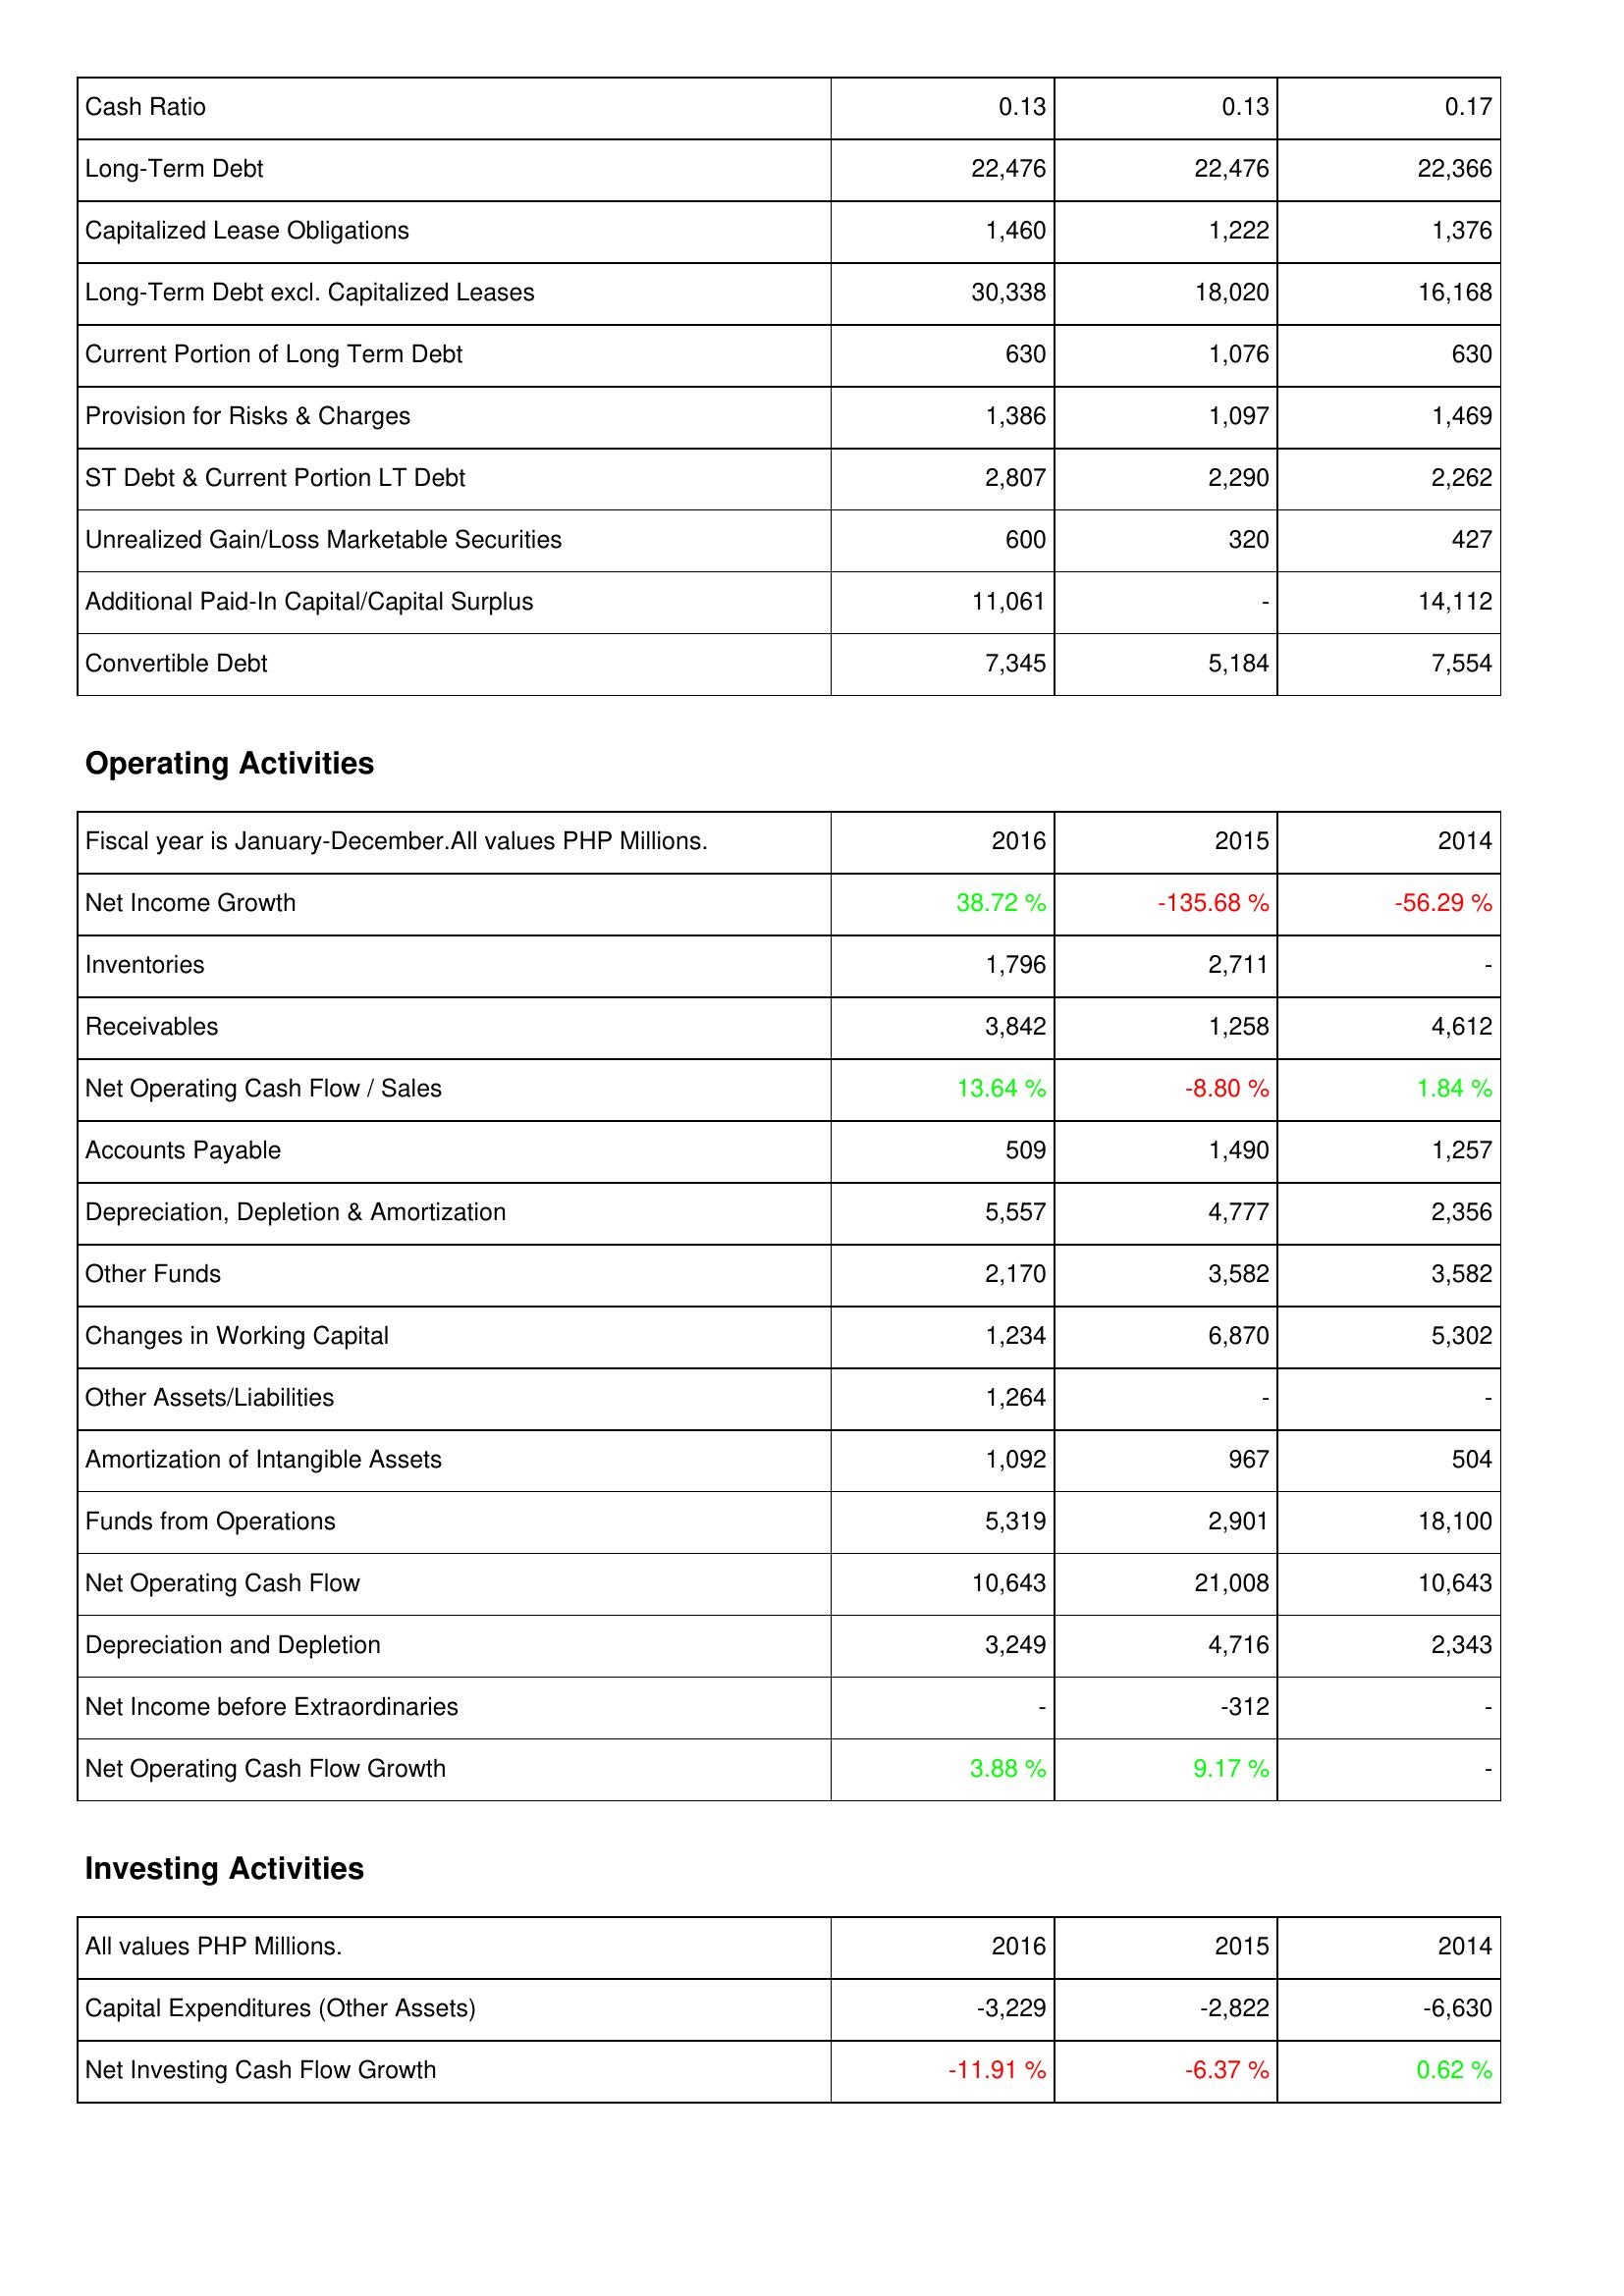
2016: Liabilities & Shareholders' Equity: Cash Ratio: 0.13
Long-Term Debt: 22,476
Capitalized Lease Obligations: 1,460
Long-Term Debt excl. Capitalized Leases: 30,338
Current Portion of Long Term Debt: 630
Provision for Risks & Charges: 1,386
ST Debt & Current Portion LT Debt: 2,807
Unrealized Gain/Loss Marketable Securities: 600
Additional Paid-In Capital/Capital Surplus: 11,061
Convertible Debt: 7,345
Operating Activities: Net Income Growth: 38.72 %
Inventories: 1,796
Receivables: 3,842
Net Operating Cash Flow / Sales: 13.64 %
Accounts Payable: 509
Depreciation, Depletion & Amortization: 5,557
Other Funds: 2,170
Changes in Working Capital: 1,234
Other Assets/Liabilities: 1,264
Amortization of Intangible Assets: 1,092
Funds from Operations: 5,319
Net Operating Cash Flow: 10,643
Depreciation and Depletion: 3,249
Net Income before Extraordinaries: -
Net Operating Cash Flow Growth: 3.88 %
Investing Activities: Capital Expenditures (Other Assets): -3,229
Net Investing Cash Flow Growth: -11.91 %
2015: Liabilities & Shareholders' Equity: Cash Ratio: 0.13
Long-Term Debt: 22,476
Capitalized Lease Obligations: 1,222
Long-Term Debt excl. Capitalized Leases: 18,020
Current Portion of Long Term Debt: 1,076
Provision for Risks & Charges: 1,097
ST Debt & Current Portion LT Debt: 2,290
Unrealized Gain/Loss Marketable Securities: 320
Additional Paid-In Capital/Capital Surplus: -
Convertible Debt: 5,184
Operating Activities: Net Income Growth: -135.68 %
Inventories: 2,711
Receivables: 1,258
Net Operating Cash Flow / Sales: -8.80 %
Accounts Payable: 1,490
Depreciation, Depletion & Amortization: 4,777
Other Funds: 3,582
Changes in Working Capital: 6,870
Other Assets/Liabilities: -
Amortization of Intangible Assets: 967
Funds from Operations: 2,901
Net Operating Cash Flow: 21,008
Depreciation and Depletion: 4,716
Net Income before Extraordinaries: -312
Net Operating Cash Flow Growth: 9.17 %
Investing Activities: Capital Expenditures (Other Assets): -2,822
Net Investing Cash Flow Growth: -6.37 %
2014: Liabilities & Shareholders' Equity: Cash Ratio: 0.17
Long-Term Debt: 22,366
Capitalized Lease Obligations: 1,376
Long-Term Debt excl. Capitalized Leases: 16,168
Current Portion of Long Term Debt: 630
Provision for Risks & Charges: 1,469
ST Debt & Current Portion LT Debt: 2,262
Unrealized Gain/Loss Marketable Securities: 427
Additional Paid-In Capital/Capital Surplus: 14,112
Convertible Debt: 7,554
Operating Activities: Net Income Growth: -56.29 %
Inventories: -
Receivables: 4,612
Net Operating Cash Flow / Sales: 1.84 %
Accounts Payable: 1,257
Depreciation, Depletion & Amortization: 2,356
Other Funds: 3,582
Changes in Working Capital: 5,302
Other Assets/Liabilities: -
Amortization of Intangible Assets: 504
Funds from Operations: 18,100
Net Operating Cash Flow: 10,643
Depreciation and Depletion: 2,343
Net Income before Extraordinaries: -
Net Operating Cash Flow Growth: -
Investing Activities: Capital Expenditures (Other Assets): -6,630
Net Investing Cash Flow Growth: 0.62 %